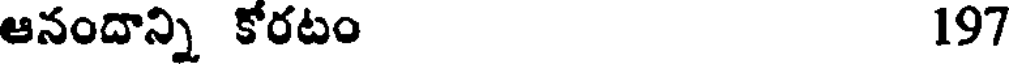
ఆనందాన్ని కోరటం 197